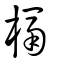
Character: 槅